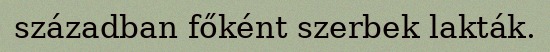
században főként szerbek lakták.